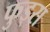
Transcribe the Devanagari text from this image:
फुड्स